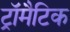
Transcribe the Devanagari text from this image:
ट्रॉमैटिक